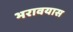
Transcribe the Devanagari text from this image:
भरावयास